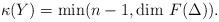
LaTeX: \begin{align*} \kappa(Y) = \min(n-1, \dim \, F(\Delta)).\end{align*}